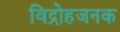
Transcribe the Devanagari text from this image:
विद्रोहजनक